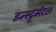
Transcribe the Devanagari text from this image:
इन्स्ट्रूमेंटल